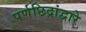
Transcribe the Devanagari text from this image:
पर्णछिद्रांद्वारे